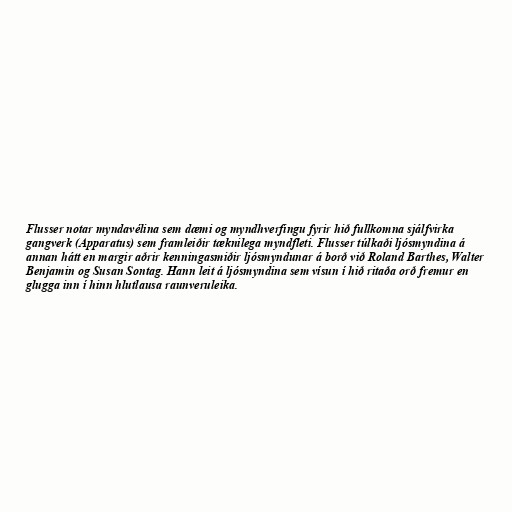
Flusser notar myndavélina sem dæmi og myndhverfingu fyrir hið fullkomna sjálfvirka
gangverk (Apparatus) sem framleiðir tæknilega myndfleti. Flusser túlkaði ljósmyndina á
annan hátt en margir aðrir kenningasmiðir ljósmyndunar á borð við Roland Barthes, Walter
Benjamin og Susan Sontag. Hann leit á ljósmyndina sem vísun í hið ritaða orð fremur en
glugga inn í hinn hlutlausa raunveruleika.